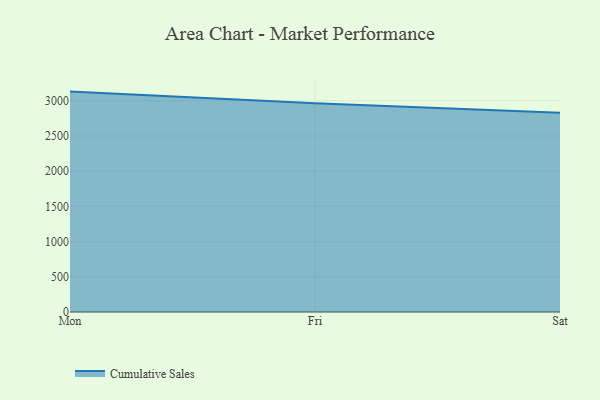
{"axis": {"x": "Day", "y": "Headcount"}, "legend": ["Cumulative Sales"], "data": [{"x": "Mon", "y": 3130.4, "type": "Cumulative Sales"}, {"x": "Fri", "y": 2963.8, "type": "Cumulative Sales"}, {"x": "Sat", "y": 2829.2, "type": "Cumulative Sales"}]}